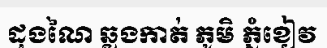
ដុងណៃ ឆ្លងកាត់ ភូមិ ភ្នំខៀវ